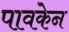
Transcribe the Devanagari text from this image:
पावकेन